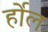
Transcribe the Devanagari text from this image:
र्होल